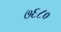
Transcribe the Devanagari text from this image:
७६८०